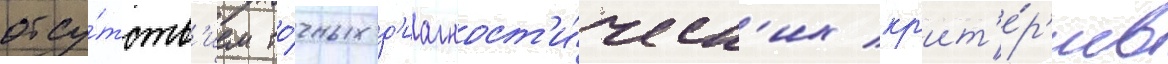
отсу́тств'ием то́чных д'иагност'и́ческ'их кр'ит'е́р'иев